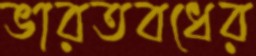
ভারতবধের